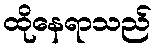
ထိုနေရာသည်